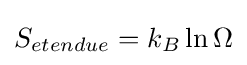
S_{etendue}=k_{B}\ln \Omega